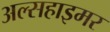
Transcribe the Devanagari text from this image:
अल्सहाइमर